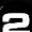
Digit: 2